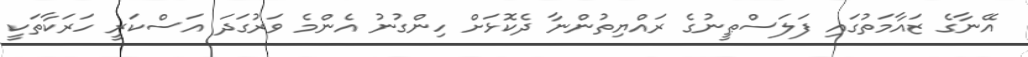
އޭނާގެ ޒައާމަތުގައި ފަލަސްޠީނުގެ ރައްޔިތުންނާ ދެކޮޅަށް ހިންގުނު އެންމެ ވަރުގަދަ އަސްކަރީ ހަރަކާތަކީ